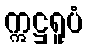
ဣဋ္ဌရူပံ